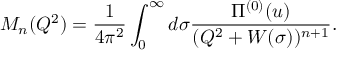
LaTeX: M _ { n } ( Q ^ { 2 } ) = \frac { 1 } { 4 \pi ^ { 2 } } \int _ { 0 } ^ { \infty } d \sigma \frac { \Pi ^ { ( 0 ) } ( u ) } { ( Q ^ { 2 } + W ( \sigma ) ) ^ { n + 1 } } .